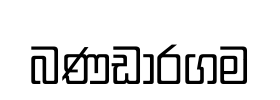
බණඩාරගම